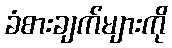
ခံစားချက်များကို